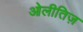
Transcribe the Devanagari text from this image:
ओलीतिज़